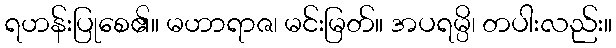
ရဟန်းပြုစေ၏။ မဟာရာဇ၊ မင်းမြတ်။ အပရမ္ပိ၊ တပါးလည်း။